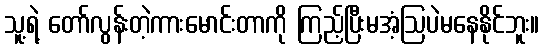
သူ့ရဲ့ တော်လွန်းတဲ့ကားမောင်းတာကို ကြည့်ပြီးမအံ့ဩပဲမနေနိုင်ဘူး။